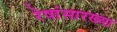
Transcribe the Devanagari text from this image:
रेषांसारख्या